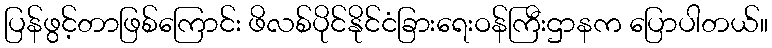
ပြန်ဖွင့်တာဖြစ်ကြောင်း ဖိလစ်ပိုင်နိုင်ငံခြားရေးဝန်ကြီးဌာနက ပြောပါတယ်။